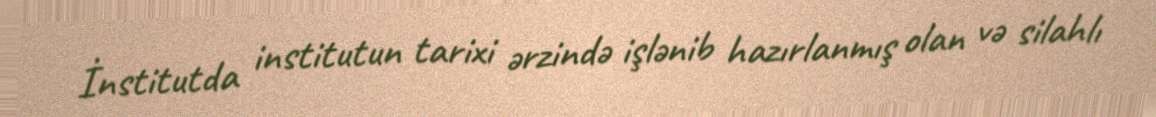
İnstitutda institutun tarixi ərzində işlənib hazırlanmış olan və silahlı